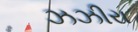
ઝઝીરા